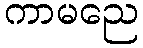
ကာမညေ